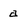
Character: a